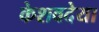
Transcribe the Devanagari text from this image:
केशवदेया